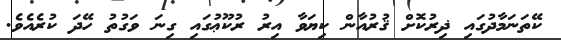
ކޭތަނަމާދުގައި ޛިރުކޮށް ޤުރުއާން ކިޔަވާ އިރު ރުކޫޢުގައި ގިނަ ވަގުތު ހޭދަ ކުރެއެވެ.